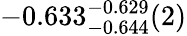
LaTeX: -0.633_{-0.644}^{-0.629}(2)